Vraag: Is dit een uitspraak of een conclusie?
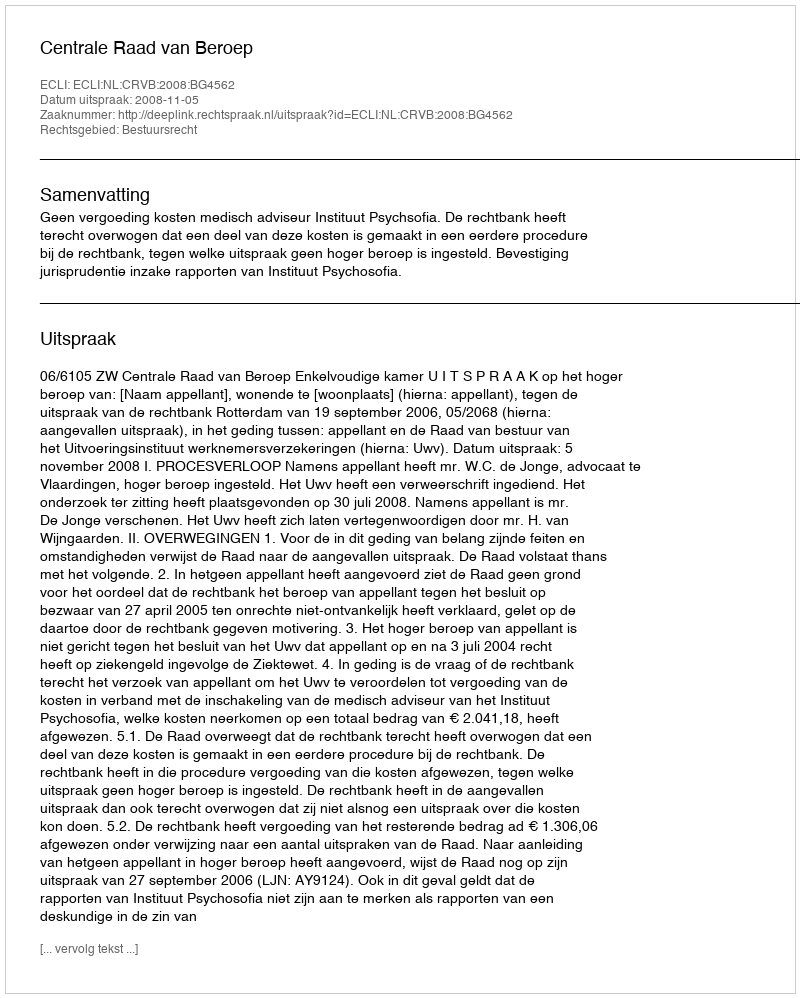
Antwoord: Uitspraak